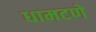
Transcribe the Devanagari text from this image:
धामटणे